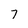
Character: 7